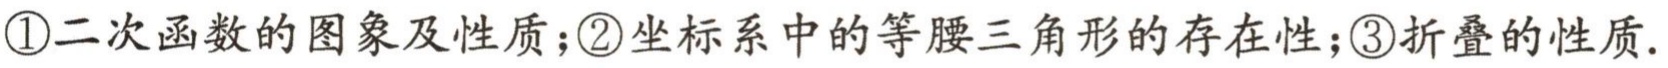
\textcircled{1}二次函数的图象及性质；\textcircled{2}坐标系中的等腰三角形的存在性；\textcircled{3}折叠的性质.